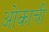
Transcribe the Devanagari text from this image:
ओकाची